Subject: physics
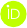
LaTeX code:
	\begin{tikzpicture}
		\draw[lime, fill=lime] (0,0)
		circle [radius=0.16]
		node[white] {\hspace{0.1mm}{\fontfamily{qag}\selectfont \tiny ID}};
		\draw[white, fill=white] (-0.07,0.1)
		circle [radius=0.01];
	\end{tikzpicture}